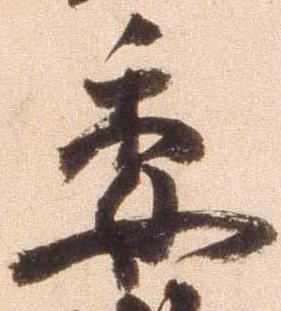
委